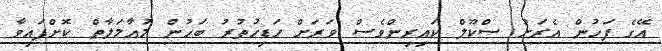
އޭގެ ފަހުން އެރަށު ސްކޫލް ކައިރިންވެސް ވަރަށް ހަޑިހުތުރު ބަހުން މުއާމަލާތް ކޮށްފައިވާ